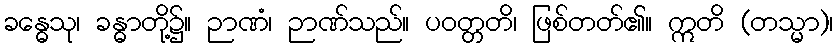
ခန္ဓေသု၊ ခန္ဓာတို့၌။ ဉာဏံ၊ ဉာဏ်သည်။ ပဝတ္တတိ၊ ဖြစ်တတ်၏။ ဣတိ (တသ္မာ)၊